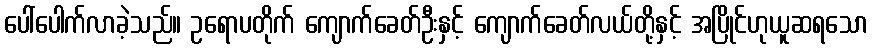
ပေါ်ပေါက်လာခဲ့သည်။ ဥရောပတိုက် ကျောက်ခေတ်ဦးနှင့် ကျောက်ခေတ်လယ်တို့နှင့် အပြိုင်ဟုယူဆရသော